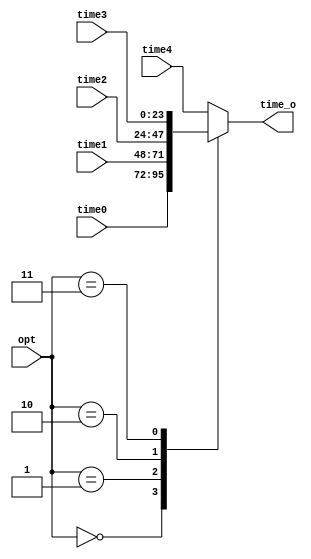
module show_s(opt,time0,time1,time2,time3,time4,time_o);
	input[2:0] opt;
	input[23:0] time0,time1,time2,time3,time4;
	output reg[23:0] time_o;
	always @(*)
	case(opt)
		3'b000:time_o<=time0;
		3'b001:time_o<=time1;
		3'b010:time_o<=time2;
		3'b011:time_o<=time3;
		3'b100:time_o<=time4;
		default:time_o<=time4;
		endcase
endmodule